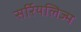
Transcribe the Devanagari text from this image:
सर्रियलिज्म